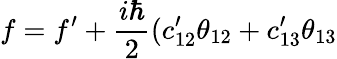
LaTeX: f=f^{\prime}+{\frac{i\hbar}{2}}(c_{12}^{\prime}\theta_{12}+c_{13}^{\prime}\theta_{13}